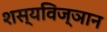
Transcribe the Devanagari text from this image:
शस्यविज्ञान